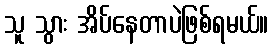
သူ သွား အိပ်နေတာပဲဖြစ်ရမယ်။